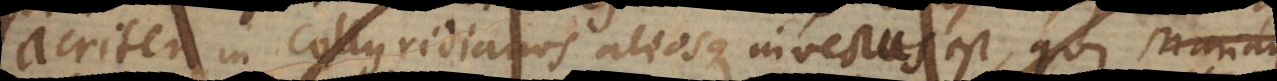
acriter in Collyridianos aliosque invectus est, qui Mariam